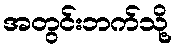
အတွင်းဘက်သို့